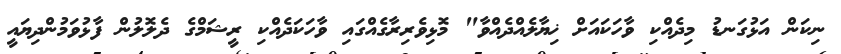
ނިކަން އަޅުގަނޑު މިދެއްކި ވާހަކައަށް ޚިޔާލެއްދެއްވާ" މޮޅިވެރިރާގެއްގައި ވާހަކަދެއްކި ރީޝަމްގެ ދެލޮލުން ފާޅުވަމުންދިޔައީ